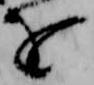
を